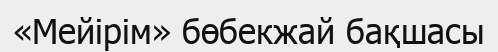
«Мейірім» бөбекжай бақшасы